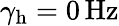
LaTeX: \gamma_{\textrm{h}}=0\, \mathrm{Hz}